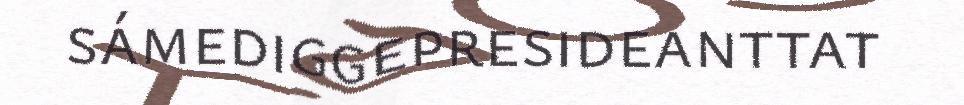
sámediggepresideanttat